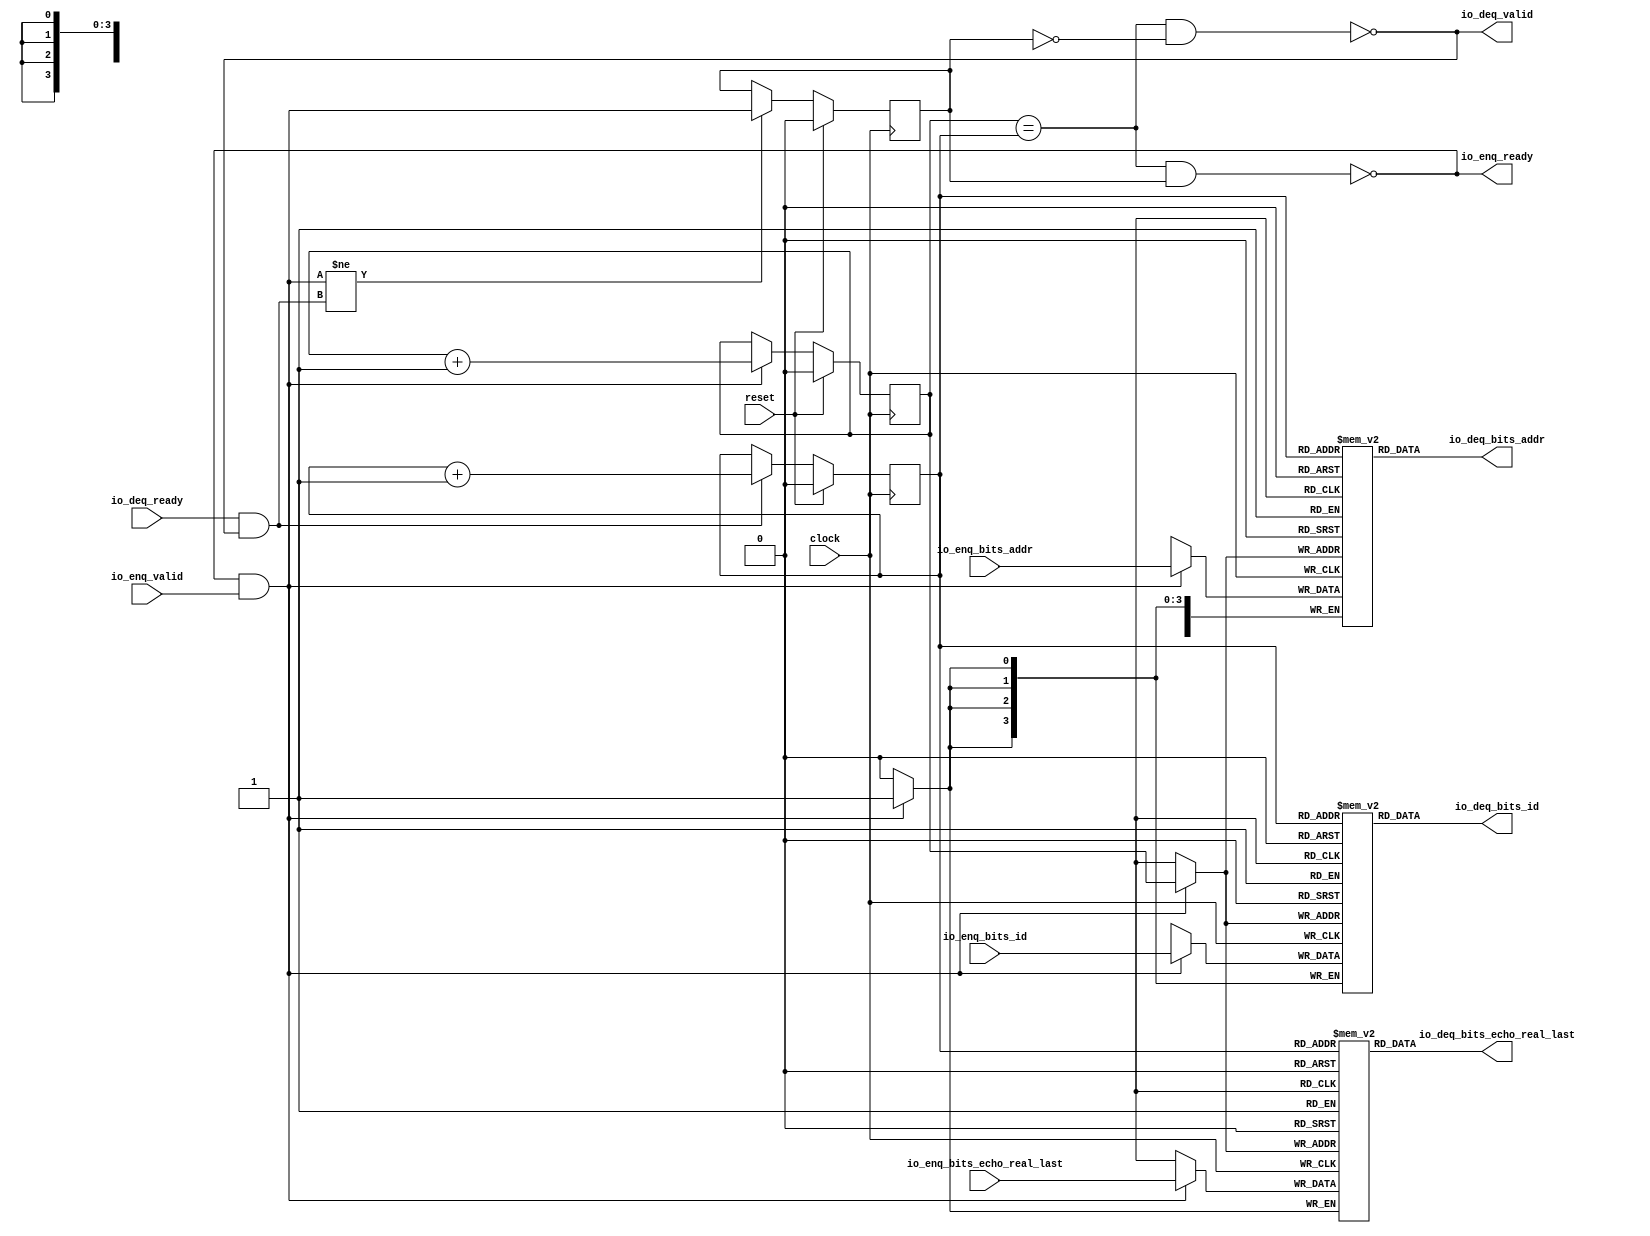
module Queue_38( // @[:freechips.rocketchip.system.DefaultRV32Config.fir@229079.2]
  input         clock, // @[:freechips.rocketchip.system.DefaultRV32Config.fir@229080.4]
  input         reset, // @[:freechips.rocketchip.system.DefaultRV32Config.fir@229081.4]
  output        io_enq_ready, // @[:freechips.rocketchip.system.DefaultRV32Config.fir@229082.4]
  input         io_enq_valid, // @[:freechips.rocketchip.system.DefaultRV32Config.fir@229082.4]
  input  [3:0]  io_enq_bits_id, // @[:freechips.rocketchip.system.DefaultRV32Config.fir@229082.4]
  input  [27:0] io_enq_bits_addr, // @[:freechips.rocketchip.system.DefaultRV32Config.fir@229082.4]
  input         io_enq_bits_echo_real_last, // @[:freechips.rocketchip.system.DefaultRV32Config.fir@229082.4]
  input         io_deq_ready, // @[:freechips.rocketchip.system.DefaultRV32Config.fir@229082.4]
  output        io_deq_valid, // @[:freechips.rocketchip.system.DefaultRV32Config.fir@229082.4]
  output [3:0]  io_deq_bits_id, // @[:freechips.rocketchip.system.DefaultRV32Config.fir@229082.4]
  output [27:0] io_deq_bits_addr, // @[:freechips.rocketchip.system.DefaultRV32Config.fir@229082.4]
  output        io_deq_bits_echo_real_last // @[:freechips.rocketchip.system.DefaultRV32Config.fir@229082.4]
);
`ifdef RANDOMIZE_MEM_INIT
  reg [31:0] _RAND_0;
  reg [31:0] _RAND_1;
  reg [31:0] _RAND_2;
`endif // RANDOMIZE_MEM_INIT
`ifdef RANDOMIZE_REG_INIT
  reg [31:0] _RAND_3;
  reg [31:0] _RAND_4;
  reg [31:0] _RAND_5;
`endif // RANDOMIZE_REG_INIT
  reg [3:0] ram_id [0:1]; // @[Decoupled.scala 209:16:freechips.rocketchip.system.DefaultRV32Config.fir@229084.4]
  wire [3:0] ram_id__T_15_data; // @[Decoupled.scala 209:16:freechips.rocketchip.system.DefaultRV32Config.fir@229084.4]
  wire  ram_id__T_15_addr; // @[Decoupled.scala 209:16:freechips.rocketchip.system.DefaultRV32Config.fir@229084.4]
  wire [3:0] ram_id__T_5_data; // @[Decoupled.scala 209:16:freechips.rocketchip.system.DefaultRV32Config.fir@229084.4]
  wire  ram_id__T_5_addr; // @[Decoupled.scala 209:16:freechips.rocketchip.system.DefaultRV32Config.fir@229084.4]
  wire  ram_id__T_5_mask; // @[Decoupled.scala 209:16:freechips.rocketchip.system.DefaultRV32Config.fir@229084.4]
  wire  ram_id__T_5_en; // @[Decoupled.scala 209:16:freechips.rocketchip.system.DefaultRV32Config.fir@229084.4]
  reg [27:0] ram_addr [0:1]; // @[Decoupled.scala 209:16:freechips.rocketchip.system.DefaultRV32Config.fir@229084.4]
  wire [27:0] ram_addr__T_15_data; // @[Decoupled.scala 209:16:freechips.rocketchip.system.DefaultRV32Config.fir@229084.4]
  wire  ram_addr__T_15_addr; // @[Decoupled.scala 209:16:freechips.rocketchip.system.DefaultRV32Config.fir@229084.4]
  wire [27:0] ram_addr__T_5_data; // @[Decoupled.scala 209:16:freechips.rocketchip.system.DefaultRV32Config.fir@229084.4]
  wire  ram_addr__T_5_addr; // @[Decoupled.scala 209:16:freechips.rocketchip.system.DefaultRV32Config.fir@229084.4]
  wire  ram_addr__T_5_mask; // @[Decoupled.scala 209:16:freechips.rocketchip.system.DefaultRV32Config.fir@229084.4]
  wire  ram_addr__T_5_en; // @[Decoupled.scala 209:16:freechips.rocketchip.system.DefaultRV32Config.fir@229084.4]
  reg  ram_echo_real_last [0:1]; // @[Decoupled.scala 209:16:freechips.rocketchip.system.DefaultRV32Config.fir@229084.4]
  wire  ram_echo_real_last__T_15_data; // @[Decoupled.scala 209:16:freechips.rocketchip.system.DefaultRV32Config.fir@229084.4]
  wire  ram_echo_real_last__T_15_addr; // @[Decoupled.scala 209:16:freechips.rocketchip.system.DefaultRV32Config.fir@229084.4]
  wire  ram_echo_real_last__T_5_data; // @[Decoupled.scala 209:16:freechips.rocketchip.system.DefaultRV32Config.fir@229084.4]
  wire  ram_echo_real_last__T_5_addr; // @[Decoupled.scala 209:16:freechips.rocketchip.system.DefaultRV32Config.fir@229084.4]
  wire  ram_echo_real_last__T_5_mask; // @[Decoupled.scala 209:16:freechips.rocketchip.system.DefaultRV32Config.fir@229084.4]
  wire  ram_echo_real_last__T_5_en; // @[Decoupled.scala 209:16:freechips.rocketchip.system.DefaultRV32Config.fir@229084.4]
  reg  _T; // @[Counter.scala 29:33:freechips.rocketchip.system.DefaultRV32Config.fir@229085.4]
  reg  _T_1; // @[Counter.scala 29:33:freechips.rocketchip.system.DefaultRV32Config.fir@229086.4]
  reg  maybe_full; // @[Decoupled.scala 212:27:freechips.rocketchip.system.DefaultRV32Config.fir@229087.4]
  wire  ptr_match; // @[Decoupled.scala 214:33:freechips.rocketchip.system.DefaultRV32Config.fir@229088.4]
  wire  _T_2; // @[Decoupled.scala 215:28:freechips.rocketchip.system.DefaultRV32Config.fir@229089.4]
  wire  empty; // @[Decoupled.scala 215:25:freechips.rocketchip.system.DefaultRV32Config.fir@229090.4]
  wire  full; // @[Decoupled.scala 216:24:freechips.rocketchip.system.DefaultRV32Config.fir@229091.4]
  wire  do_enq; // @[Decoupled.scala 40:37:freechips.rocketchip.system.DefaultRV32Config.fir@229092.4]
  wire  do_deq; // @[Decoupled.scala 40:37:freechips.rocketchip.system.DefaultRV32Config.fir@229095.4]
  wire  _T_8; // @[Counter.scala 39:22:freechips.rocketchip.system.DefaultRV32Config.fir@229112.6]
  wire  _T_11; // @[Counter.scala 39:22:freechips.rocketchip.system.DefaultRV32Config.fir@229118.6]
  wire  _T_12; // @[Decoupled.scala 227:16:freechips.rocketchip.system.DefaultRV32Config.fir@229121.4]
  assign ram_id__T_15_addr = _T_1;
  assign ram_id__T_15_data = ram_id[ram_id__T_15_addr]; // @[Decoupled.scala 209:16:freechips.rocketchip.system.DefaultRV32Config.fir@229084.4]
  assign ram_id__T_5_data = io_enq_bits_id;
  assign ram_id__T_5_addr = _T;
  assign ram_id__T_5_mask = 1'h1;
  assign ram_id__T_5_en = io_enq_ready & io_enq_valid;
  assign ram_addr__T_15_addr = _T_1;
  assign ram_addr__T_15_data = ram_addr[ram_addr__T_15_addr]; // @[Decoupled.scala 209:16:freechips.rocketchip.system.DefaultRV32Config.fir@229084.4]
  assign ram_addr__T_5_data = io_enq_bits_addr;
  assign ram_addr__T_5_addr = _T;
  assign ram_addr__T_5_mask = 1'h1;
  assign ram_addr__T_5_en = io_enq_ready & io_enq_valid;
  assign ram_echo_real_last__T_15_addr = _T_1;
  assign ram_echo_real_last__T_15_data = ram_echo_real_last[ram_echo_real_last__T_15_addr]; // @[Decoupled.scala 209:16:freechips.rocketchip.system.DefaultRV32Config.fir@229084.4]
  assign ram_echo_real_last__T_5_data = io_enq_bits_echo_real_last;
  assign ram_echo_real_last__T_5_addr = _T;
  assign ram_echo_real_last__T_5_mask = 1'h1;
  assign ram_echo_real_last__T_5_en = io_enq_ready & io_enq_valid;
  assign ptr_match = _T == _T_1; // @[Decoupled.scala 214:33:freechips.rocketchip.system.DefaultRV32Config.fir@229088.4]
  assign _T_2 = ~maybe_full; // @[Decoupled.scala 215:28:freechips.rocketchip.system.DefaultRV32Config.fir@229089.4]
  assign empty = ptr_match & _T_2; // @[Decoupled.scala 215:25:freechips.rocketchip.system.DefaultRV32Config.fir@229090.4]
  assign full = ptr_match & maybe_full; // @[Decoupled.scala 216:24:freechips.rocketchip.system.DefaultRV32Config.fir@229091.4]
  assign do_enq = io_enq_ready & io_enq_valid; // @[Decoupled.scala 40:37:freechips.rocketchip.system.DefaultRV32Config.fir@229092.4]
  assign do_deq = io_deq_ready & io_deq_valid; // @[Decoupled.scala 40:37:freechips.rocketchip.system.DefaultRV32Config.fir@229095.4]
  assign _T_8 = _T + 1'h1; // @[Counter.scala 39:22:freechips.rocketchip.system.DefaultRV32Config.fir@229112.6]
  assign _T_11 = _T_1 + 1'h1; // @[Counter.scala 39:22:freechips.rocketchip.system.DefaultRV32Config.fir@229118.6]
  assign _T_12 = do_enq != do_deq; // @[Decoupled.scala 227:16:freechips.rocketchip.system.DefaultRV32Config.fir@229121.4]
  assign io_enq_ready = ~full; // @[Decoupled.scala 232:16:freechips.rocketchip.system.DefaultRV32Config.fir@229128.4]
  assign io_deq_valid = ~empty; // @[Decoupled.scala 231:16:freechips.rocketchip.system.DefaultRV32Config.fir@229126.4]
  assign io_deq_bits_id = ram_id__T_15_data; // @[Decoupled.scala 233:15:freechips.rocketchip.system.DefaultRV32Config.fir@229139.4]
  assign io_deq_bits_addr = ram_addr__T_15_data; // @[Decoupled.scala 233:15:freechips.rocketchip.system.DefaultRV32Config.fir@229138.4]
  assign io_deq_bits_echo_real_last = ram_echo_real_last__T_15_data; // @[Decoupled.scala 233:15:freechips.rocketchip.system.DefaultRV32Config.fir@229130.4]
`ifdef RANDOMIZE_GARBAGE_ASSIGN
`define RANDOMIZE
`endif
`ifdef RANDOMIZE_INVALID_ASSIGN
`define RANDOMIZE
`endif
`ifdef RANDOMIZE_REG_INIT
`define RANDOMIZE
`endif
`ifdef RANDOMIZE_MEM_INIT
`define RANDOMIZE
`endif
`ifndef RANDOM
`define RANDOM $random
`endif
`ifdef RANDOMIZE_MEM_INIT
  integer initvar;
`endif
`ifndef SYNTHESIS
`ifdef FIRRTL_BEFORE_INITIAL
`FIRRTL_BEFORE_INITIAL
`endif
initial begin
  `ifdef RANDOMIZE
    `ifdef INIT_RANDOM
      `INIT_RANDOM
    `endif
    `ifndef VERILATOR
      `ifdef RANDOMIZE_DELAY
        #`RANDOMIZE_DELAY begin end
      `else
        #0.002 begin end
      `endif
    `endif
`ifdef RANDOMIZE_MEM_INIT
  _RAND_0 = {1{`RANDOM}};
  for (initvar = 0; initvar < 2; initvar = initvar+1)
    ram_id[initvar] = _RAND_0[3:0];
  _RAND_1 = {1{`RANDOM}};
  for (initvar = 0; initvar < 2; initvar = initvar+1)
    ram_addr[initvar] = _RAND_1[27:0];
  _RAND_2 = {1{`RANDOM}};
  for (initvar = 0; initvar < 2; initvar = initvar+1)
    ram_echo_real_last[initvar] = _RAND_2[0:0];
`endif // RANDOMIZE_MEM_INIT
`ifdef RANDOMIZE_REG_INIT
  _RAND_3 = {1{`RANDOM}};
  _T = _RAND_3[0:0];
  _RAND_4 = {1{`RANDOM}};
  _T_1 = _RAND_4[0:0];
  _RAND_5 = {1{`RANDOM}};
  maybe_full = _RAND_5[0:0];
`endif // RANDOMIZE_REG_INIT
  `endif // RANDOMIZE
end // initial
`ifdef FIRRTL_AFTER_INITIAL
`FIRRTL_AFTER_INITIAL
`endif
`endif // SYNTHESIS
  always @(posedge clock) begin
    if(ram_id__T_5_en & ram_id__T_5_mask) begin
      ram_id[ram_id__T_5_addr] <= ram_id__T_5_data; // @[Decoupled.scala 209:16:freechips.rocketchip.system.DefaultRV32Config.fir@229084.4]
    end
    if(ram_addr__T_5_en & ram_addr__T_5_mask) begin
      ram_addr[ram_addr__T_5_addr] <= ram_addr__T_5_data; // @[Decoupled.scala 209:16:freechips.rocketchip.system.DefaultRV32Config.fir@229084.4]
    end
    if(ram_echo_real_last__T_5_en & ram_echo_real_last__T_5_mask) begin
      ram_echo_real_last[ram_echo_real_last__T_5_addr] <= ram_echo_real_last__T_5_data; // @[Decoupled.scala 209:16:freechips.rocketchip.system.DefaultRV32Config.fir@229084.4]
    end
    if (reset) begin
      _T <= 1'h0;
    end else if (do_enq) begin
      _T <= _T_8;
    end
    if (reset) begin
      _T_1 <= 1'h0;
    end else if (do_deq) begin
      _T_1 <= _T_11;
    end
    if (reset) begin
      maybe_full <= 1'h0;
    end else if (_T_12) begin
      maybe_full <= do_enq;
    end
  end
endmodule